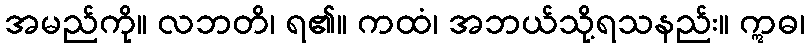
အမည်ကို။ လဘတိ၊ ရ၏။ ကထံ၊ အဘယ်သို့ရသနည်း။ ဣဓ၊